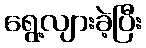
ရွေ့လျားခဲ့ပြီး